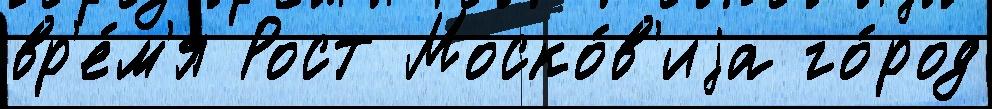
вр'е́м'я Рост Моско́в'иjа го́род